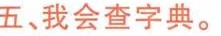
五、我会查字典。